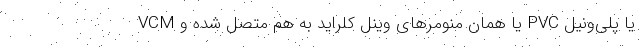
VCM یا همان منومرهای وینل کلراید به هم متصل شده و PVC یا پلی‌ونیل